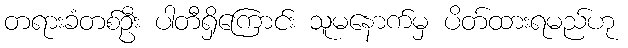
တရားခံတစ်ဦး ပါတီရှိကြောင်း သူမနောက်မှ ပိတ်ထားရမည်ဟု